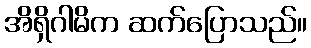
အိရှိဂါမိက ဆက်ပြောသည်။